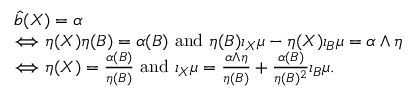
\begin{array} { r l } & { \hat { b } ( X ) = \alpha } \\ & { \Longleftrightarrow \eta ( X ) \eta ( B ) = \alpha ( B ) \mathrm { ~ a n d ~ } \eta ( B ) \iota _ { X } \mu - \eta ( X ) \iota _ { B } \mu = \alpha \wedge \eta } \\ & { \Longleftrightarrow \eta ( X ) = \frac { \alpha ( B ) } { \eta ( B ) } \mathrm { ~ a n d ~ } \iota _ { X } \mu = \frac { \alpha \wedge \eta } { \eta ( B ) } + \frac { \alpha ( B ) } { \eta ( B ) ^ { 2 } } \iota _ { B } \mu . } \end{array}